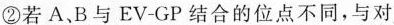
②若A、B与EV- GP结合的位点不同，与对